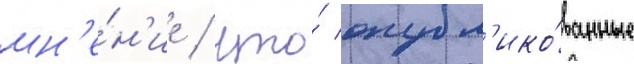
мн'е́н'ие / что́ опубл'ико́ванные